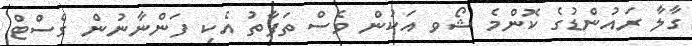
ގާލާ ރައުންޑުގެ ކޮންމެ ޝޯވ އަކުން ވެސް ތަފާތު އެކި ފަންނާނުން ގެސްޓް